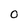
Character: O